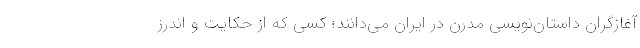
آغازگران داستان‌نویسی مدرن در ایران می‌دانند؛ کسی که از حکایت و اندرز